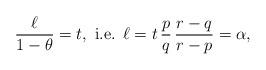
LaTeX: \begin{align*}\frac{\ell}{1-\theta}=t,\mbox{ i.e. }\ell=t\,\frac{p}{q}\,\frac{r-q}{r-p}=\alpha,\end{align*}